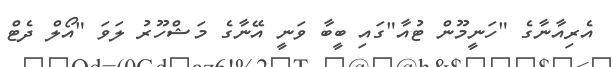
އެރިއާނާގެ "ހަނީމޫން ޓުއާ"ގައި ބީބާ ވަނީ އޭނާގެ މަޝްހޫރު ލަވަ "އޯލް ދެޓް